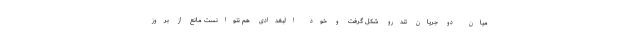
میان دو جریان تندرو شکل گرفت و خود البغدادی هم نتوانست مانع از بروز